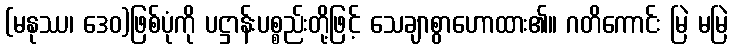
(မနုဿ၊ ဒေဝ)ဖြစ်ပုံကို ပဋ္ဌာန်းပစ္စည်းတို့ဖြင့် သေချာစွာဟောထား၏။ ဂတိကောင်း မြဲ မမြဲ